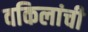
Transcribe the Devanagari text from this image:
वकिलांची